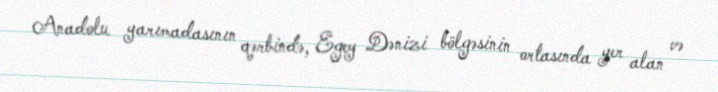
Anadolu yarımadasının qərbində, Egey Dənizi bölgəsinin ortasında yer alan və